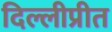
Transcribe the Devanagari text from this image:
दिल्लीप्रीत